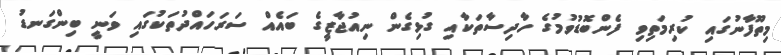
މިތޫފާނުގައި ކުރިމަތިވި ފެންބޮޑުވުމުގެ ހާދިސާތަކާއި ގުޅިގެން ނިއުޖާޒީގެ ބައެއް ސަރަހައްދުތަކުގައި ވަނީ ބިންގަނޑު